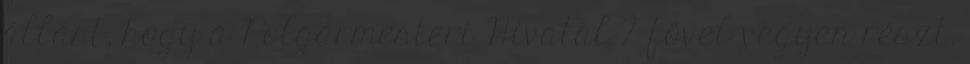
állást, hogy a Polgármesteri Hivatal 2 fővel vegyen részt.